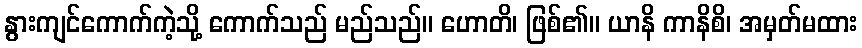
နွားကျင်ကောက်ကဲ့သို့ ကောက်သည် မည်သည်။ ဟောတိ၊ ဖြစ်၏။ ယာနိ ကာနိစိ၊ အမှတ်မထား